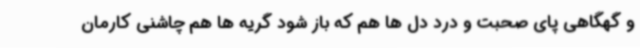
و گهگاهی پای صحبت و درد دل ها هم که باز شود گریه ها هم چاشنی کارمان